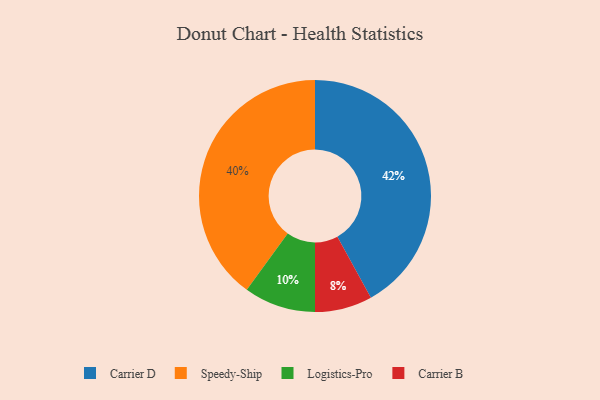
{"axis": {"x": "Category", "y": "Percentage"}, "legend": ["Carrier B", "Carrier D", "Logistics-Pro", "Speedy-Ship"], "data": [{"x": "Carrier D", "y": 42, "type": "Carrier D"}, {"x": "Speedy-Ship", "y": 40, "type": "Speedy-Ship"}, {"x": "Logistics-Pro", "y": 10, "type": "Logistics-Pro"}, {"x": "Carrier B", "y": 8, "type": "Carrier B"}]}